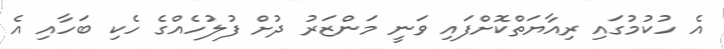
އެ ހުކުމުގައި ރިއާޔަތްކޮށްފައި ވަނީ މަންޒަރު ދުށް ފުލުހެއްގެ ހެކި ބަހާއި އެ